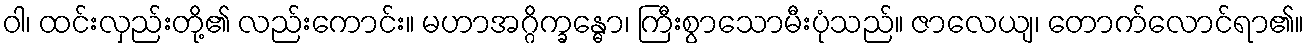
ဝါ၊ ထင်းလှည်းတို့၏ လည်းကောင်း။ မဟာအဂ္ဂိက္ခန္ဓော၊ ကြီးစွာသောမီးပုံသည်။ ဇာလေယျ၊ တောက်လောင်ရာ၏။